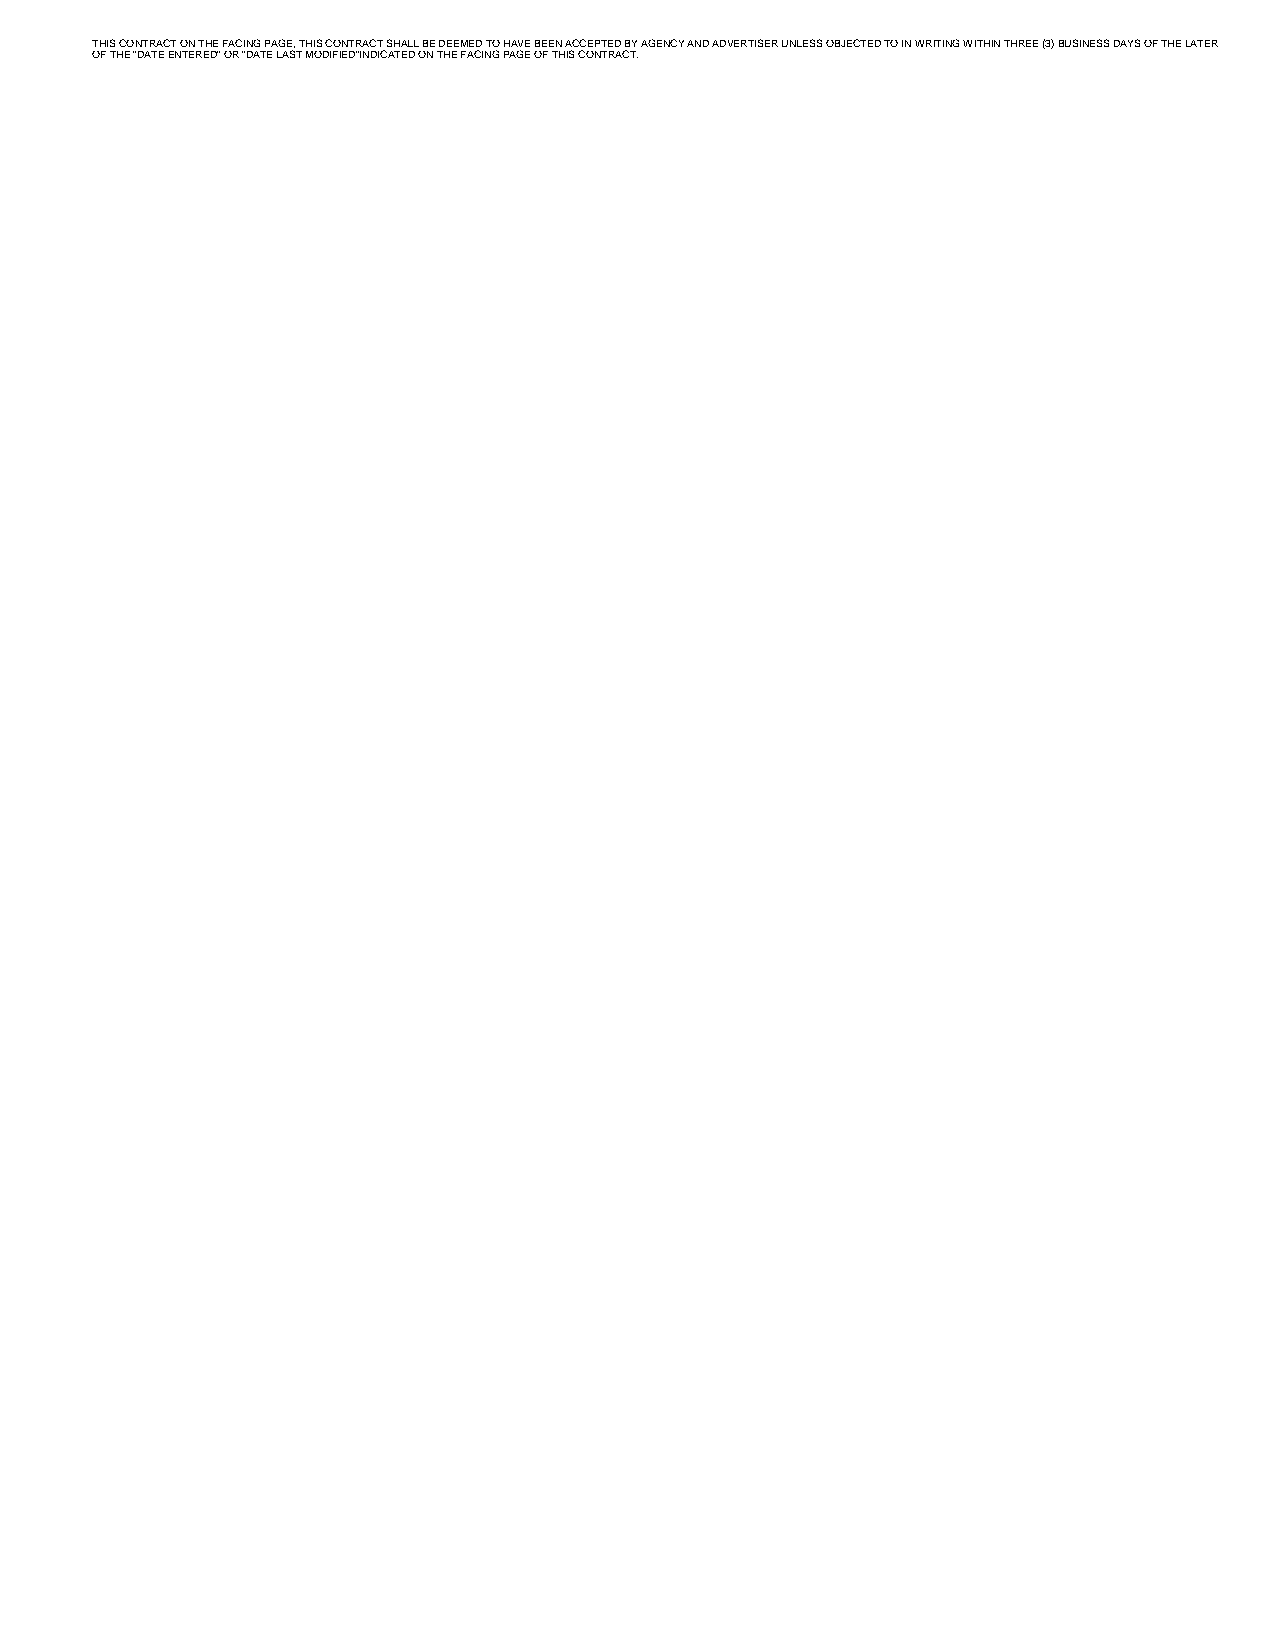
THIS CONTRACT ON THE FACING PAGE, THIS CONTRACT SHALL BE DEEMED TO HAVE BEEN ACCEPTED BY AGENCY AND ADVERTISER UNLESS OBJECTED TO IN WRITING WITHIN THREE (3) BUSINESS DAYS OF THE LATER
 OF THE “DATE ENTERED” OR “DATE LAST MODIFIED”INDICATED ON THE FACING PAGE OF THIS CONTRACT.